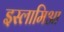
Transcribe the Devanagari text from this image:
इस्लामिआ